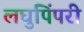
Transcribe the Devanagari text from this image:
लघुपिंपरी